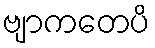
ဗျာကတေပိ